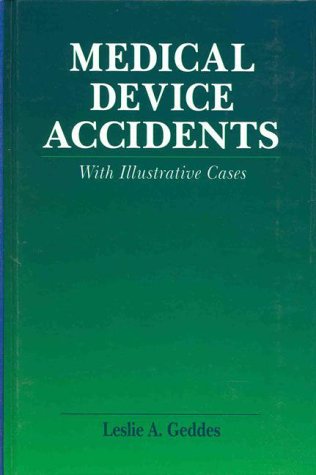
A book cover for Medical Device Accidents: With Illustrative Cases; Leslie A. Geddes; Medical Books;